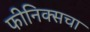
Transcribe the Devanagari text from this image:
फीनिक्सचा